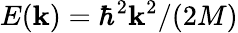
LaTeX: E(\mathbf{k})=\hbar^{2}\mathbf{k}^{2}/(2M)